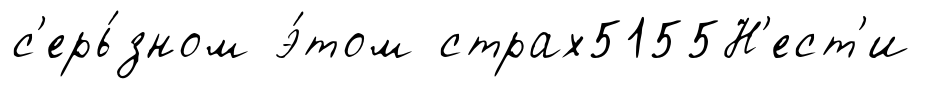
с'ерь́зном э́том страх5155Н'ест'и